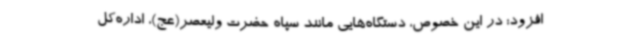
افزود: در این خصوص، دستگاه‌هایی مانند سپاه حضرت ولیعصر(عج)، اداره‌کل